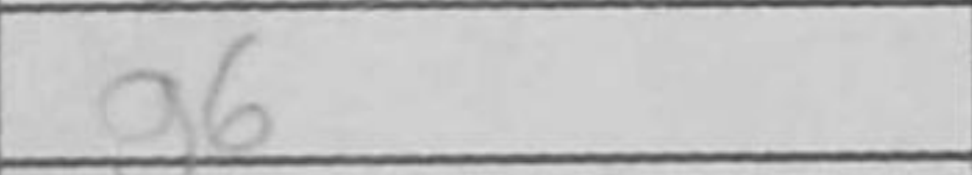
Transcription: g6